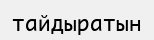
тайдыратын